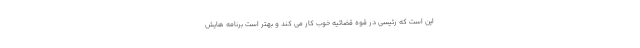
این است که رئیسی در قوه قضائیه خوب کار می کند و بهتر است برنامه هایش